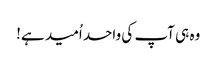
وہ ہی آپ کی واحد اُمید ہے!